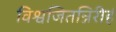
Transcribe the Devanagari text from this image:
विश्वजितन्निरीहं